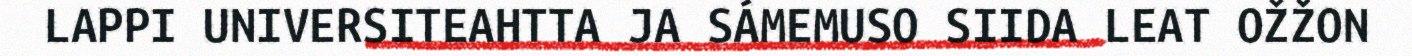
LAPPI UNIVERSITEAHTTA JA SÁMEMUSO SIIDA LEAT OŽŽON